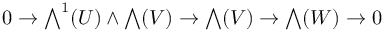
0 \to { \textstyle \bigwedge } ^ { 1 } ( U ) \wedge { \textstyle \bigwedge } ( V ) \to { \textstyle \bigwedge } ( V ) \to { \textstyle \bigwedge } ( W ) \to 0